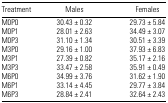
<table><thead><tr><td><b>Treatment</b></td><td><b>Males</b></td><td><b>Females</b></td></tr></thead><tbody><tr><td>M0P0</td><td>30.43 ± 0.32</td><td>29.73 ± 5.84</td></tr><tr><td>M0P1</td><td>28.01 ± 2.63</td><td>34.49 ± 3.07</td></tr><tr><td>M0P3</td><td>31.10 ± 1.34</td><td>30.51 ± 3.39</td></tr><tr><td>M3P0</td><td>29.16 ± 1.00</td><td>37.93 ± 6.83</td></tr><tr><td>M3P1</td><td>27.39 ± 0.82</td><td>35.17 ± 2.16</td></tr><tr><td>M3P3</td><td>33.47 ± 2.58</td><td>35.91 ± 0.49</td></tr><tr><td>M6P0</td><td>34.99 ± 3.76</td><td>31.62 ± 1.90</td></tr><tr><td>M6P1</td><td>33.14 ± 4.45</td><td>29.77 ± 3.84</td></tr><tr><td>M6P3</td><td>28.84 ± 2.41</td><td>32.64 ± 2.43</td></tr></tbody></table>